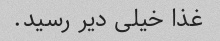
غذا خیلی دیر رسید.